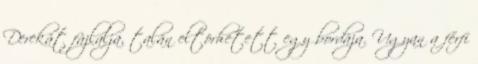
Derekát fájlalja, talán eltörhetett egy bordája. Ugyan a férfi